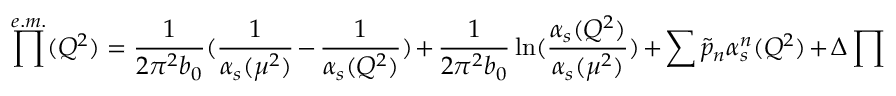
\prod ^ { e . m . } ( Q ^ { 2 } ) = \frac { 1 } { 2 \pi ^ { 2 } b _ { 0 } } ( \frac { 1 } { \alpha _ { s } ( \mu ^ { 2 } ) } - \frac { 1 } { \alpha _ { s } ( Q ^ { 2 } ) } ) + \frac { 1 } { 2 \pi ^ { 2 } b _ { 0 } } \ln ( \frac { \alpha _ { s } ( Q ^ { 2 } ) } { \alpha _ { s } ( \mu ^ { 2 } ) } ) + \sum \tilde { p } _ { n } \alpha _ { s } ^ { n } ( Q ^ { 2 } ) + \Delta \prod